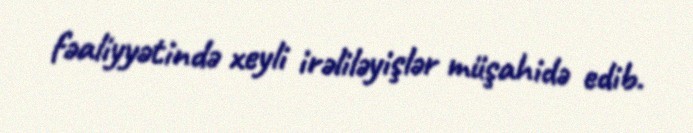
fəaliyyətində xeyli irəliləyişlər müşahidə edib.